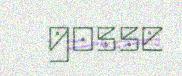
gosse